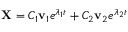
\mathbf { X } = C _ { 1 } \mathbf { v } _ { 1 } e ^ { \lambda _ { 1 } t } + C _ { 2 } \mathbf { v } _ { 2 } e ^ { \lambda _ { 2 } t }